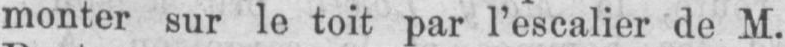
monter sur le toit par l’escalier de M.